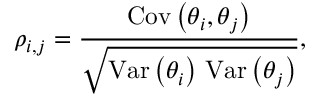
\rho _ { i , j } = \frac { \mathrm { C o v } \left( \theta _ { i } , \theta _ { j } \right) } { \sqrt { \mathrm { V a r } \left( \theta _ { i } \right) \, \mathrm { V a r } \left( \theta _ { j } \right) } } ,